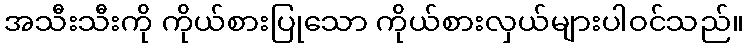
အသီးသီးကို ကိုယ်စားပြုသော ကိုယ်စားလှယ်များပါဝင်သည်။